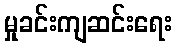
မှုခင်းကျဆင်းရေး